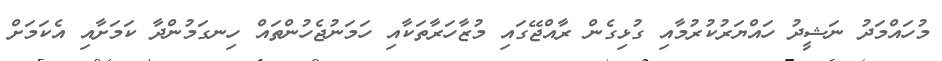
މުހައްމަދު ނަޝީދު ހައްޔަރުކުރުމާއި ގުޅިގެން ރާއްޖޭގައި މުޒާހަރާތަކާއި ހަމަނުޖެހުންތައް ހިނގަމުންދާ ކަމަށާއި އެކަމަށް